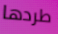
طردها